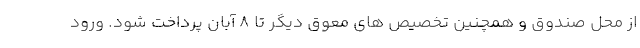
از محل صندوق و همچنین تخصیص های معوق دیگر تا ۸ آبان پرداخت شود. ورود